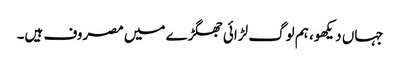
جہاں دیکھو، ہم لوگ لڑائی جھگڑے میں مصروف ہیں۔